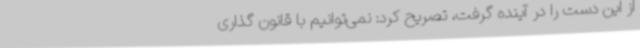
از این دست را در آینده گرفت، تصریح کرد: نمی‌توانیم با قانون گذاری